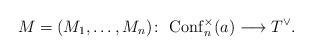
LaTeX: \begin{align*}M=(M_1, \dots, M_n)\colon \ {\rm Conf}_n^\times(a)\longrightarrow T^\vee.\end{align*}